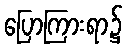
ပြောကြားရာ၌